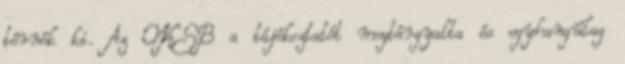
térnék ki. Az OKSB a tájékoztatót megtárgyalta és egyhangúlag